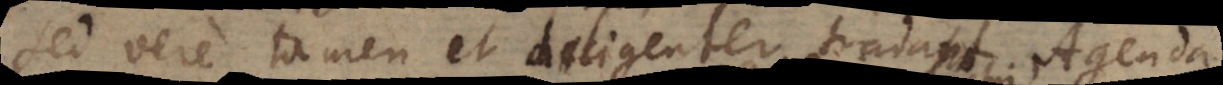
sed vere tamen et diligenter tradant Agenda